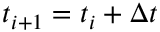
t _ { i + 1 } = t _ { i } + \Delta t